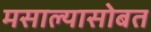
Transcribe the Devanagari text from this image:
मसाल्यासोबत